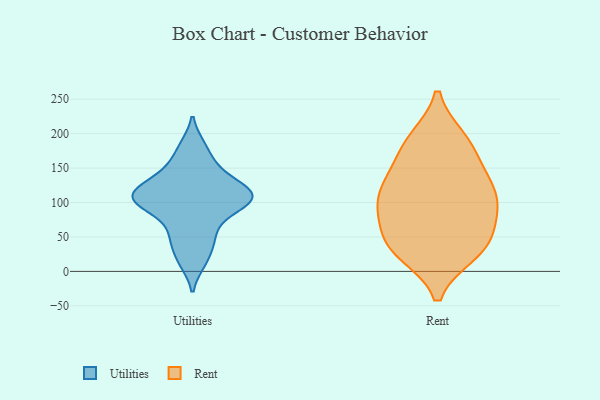
{"axis": {"x": "Market Share (%)", "y": "Value"}, "legend": ["Rent", "Utilities"], "data": [{"x": "", "y": 56, "type": "Utilities"}, {"x": "", "y": 153, "type": "Utilities"}, {"x": "", "y": 40, "type": "Utilities"}, {"x": "", "y": 110, "type": "Utilities"}, {"x": "", "y": 111, "type": "Utilities"}, {"x": "", "y": 119, "type": "Utilities"}, {"x": "", "y": 13, "type": "Utilities"}, {"x": "", "y": 139, "type": "Utilities"}, {"x": "", "y": 88, "type": "Utilities"}, {"x": "", "y": 87, "type": "Utilities"}, {"x": "", "y": 182, "type": "Utilities"}, {"x": "", "y": 108, "type": "Utilities"}, {"x": "", "y": 111, "type": "Utilities"}, {"x": "", "y": 112, "type": "Rent"}, {"x": "", "y": 92, "type": "Rent"}, {"x": "", "y": 93, "type": "Rent"}, {"x": "", "y": 46, "type": "Rent"}, {"x": "", "y": 180, "type": "Rent"}, {"x": "", "y": 27, "type": "Rent"}, {"x": "", "y": 102, "type": "Rent"}, {"x": "", "y": 29, "type": "Rent"}, {"x": "", "y": 43, "type": "Rent"}, {"x": "", "y": 35, "type": "Rent"}, {"x": "", "y": 192, "type": "Rent"}, {"x": "", "y": 122, "type": "Rent"}, {"x": "", "y": 79, "type": "Rent"}, {"x": "", "y": 138, "type": "Rent"}, {"x": "", "y": 190, "type": "Rent"}, {"x": "", "y": 146, "type": "Rent"}]}